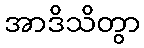
အာဒိသိတွာ